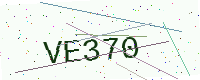
Text: VE370